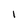
Character: I